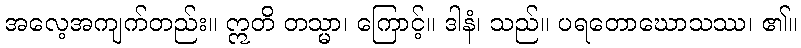
အလေ့အကျက်တည်း။ ဣတိ တသ္မာ၊ ကြောင့်။ ဒါနံ၊ သည်။ ပရတောဃောသဿ၊ ၏။